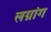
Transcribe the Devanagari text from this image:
लग्रांग